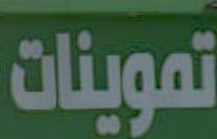
تموينات